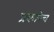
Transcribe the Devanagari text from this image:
प्रकारेच